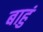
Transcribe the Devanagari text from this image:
बाहुं